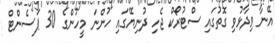
އޭނާ ވިދާޅުވި ގޮތުގައި ސްޓުރޯކް ޖެހި ދުނިޔޭގައި ހުންނަ މީހުންގެ 30 ޕަސެންޓް